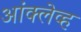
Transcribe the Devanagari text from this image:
आंक्लेव्ह